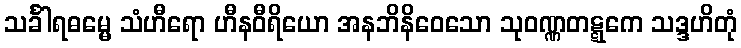
သင်္ခါရဓမ္မေ သံဟီရော ဟီနဝီရိယော အနဘိနိဝေသော သုဝဏ္ဏတဋ္ဋကေ သဒ္ဒဟိတုံ